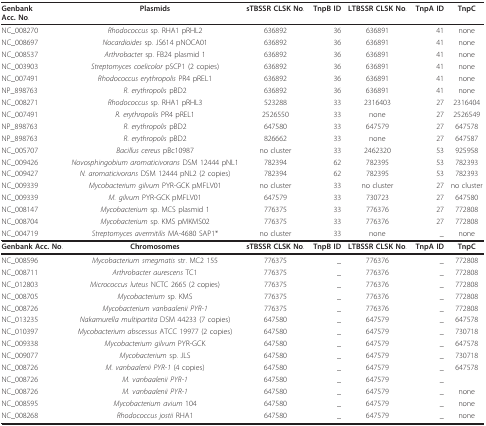
<table><thead><tr><td><b>GenbankAcc. No.</b></td><td><b>Plasmids</b></td><td><b>sTBSSR CLSK No.</b></td><td><b>TnpB ID</b></td><td><b>LTBSSR CLSK No.</b></td><td><b>TnpA ID</b></td><td><b>TnpC</b></td></tr></thead><tbody><tr><td>NC_008270</td><td><i>Rhodococcus </i>sp. RHA1 pRHL2</td><td>636892</td><td>36</td><td>636891</td><td>41</td><td>none</td></tr><tr><td>NC_008697</td><td><i>Nocardioides </i>sp. JS614 pNOCA01</td><td>636892</td><td>36</td><td>636891</td><td>41</td><td>none</td></tr><tr><td>NC_008537</td><td><i>Arthrobacte</i>r sp. FB24 plasmid 1</td><td>636892</td><td>36</td><td>636891</td><td>41</td><td>none</td></tr><tr><td>NC_003903</td><td><i>Streptomyces coelicolor </i>pSCP1 (2 copies)</td><td>636892</td><td>36</td><td>636891</td><td>41</td><td>none</td></tr><tr><td>NC_007491</td><td><i>Rhodococcus erythropolis </i>PR4 pREL1</td><td>636892</td><td>36</td><td>636891</td><td>41</td><td>none</td></tr><tr><td>NP_898763</td><td><i>R. erythropolis </i>pBD2</td><td>636892</td><td>36</td><td>636891</td><td>41</td><td>none</td></tr><tr><td>NC_008271</td><td><i>Rhodococcus </i>sp. RHA1 pRHL3</td><td>523288</td><td>33</td><td>2316403</td><td>27</td><td>2316404</td></tr><tr><td>NC_007491</td><td><i>R. erythropolis </i>PR4 pREL1</td><td>2526550</td><td>33</td><td>none</td><td>27</td><td>2526549</td></tr><tr><td>NP_898763</td><td><i>R. erythropolis </i>pBD2</td><td>647580</td><td>33</td><td>647579</td><td>27</td><td>647578</td></tr><tr><td>NP_898763</td><td><i>R. erythropolis </i>pBD2</td><td>826662</td><td>33</td><td>none</td><td>27</td><td>647587</td></tr><tr><td>NC_005707</td><td><i>Bacillus cereus </i>pBc10987</td><td>no cluster</td><td>33</td><td>2462320</td><td>53</td><td>925958</td></tr><tr><td>NC_009426</td><td><i>Novosphingobium aromaticivorans </i>DSM 12444 pNL1</td><td>782394</td><td>62</td><td>782395</td><td>53</td><td>782393</td></tr><tr><td>NC_009427</td><td><i>N. aromaticivorans </i>DSM 12444 pNL2 (2 copies)</td><td>782394</td><td>62</td><td>782395</td><td>53</td><td>782393</td></tr><tr><td>NC_009339</td><td><i>Mycobacterium gilvum </i>PYR-GCK pMFLV01</td><td>no cluster</td><td>33</td><td>no cluster</td><td>27</td><td>no cluster</td></tr><tr><td>NC_009339</td><td><i>M. gilvum </i>PYR-GCK pMFLV01</td><td>647579</td><td>33</td><td>730723</td><td>27</td><td>647580</td></tr><tr><td>NC_008147</td><td><i>Mycobacterium </i>sp. MCS plasmid 1</td><td>776375</td><td>33</td><td>776376</td><td>27</td><td>772808</td></tr><tr><td>NC_008704</td><td><i>Mycobacterium </i>sp. KMS pMKMS02</td><td>776375</td><td>33</td><td>776376</td><td>27</td><td>772808</td></tr><tr><td>NC_004719</td><td><i>Streptomyces avermitilis </i>MA-4680 SAP1*</td><td>no cluster</td><td>33</td><td>none</td><td>_</td><td>none</td></tr><tr><td><b>Genbank Acc. No</b>.</td><td><b>Chromosomes</b></td><td><b>sTBSSR CLSK No</b>.</td><td><b>TnpB ID</b></td><td><b>LTBSSR CLSK No</b>.</td><td><b>TnpA ID</b></td><td><b>TnpC</b></td></tr><tr><td>NC_008596</td><td><i>Mycobacterium smegmatis </i>str. MC2 155</td><td>776375</td><td>_</td><td>776376</td><td>_</td><td>772808</td></tr><tr><td>NC_008711</td><td><i>Arthrobacter aurescens </i>TC1</td><td>776375</td><td>_</td><td>776376</td><td>_</td><td>772808</td></tr><tr><td>NC_012803</td><td><i>Micrococcus luteus </i>NCTC 2665 (2 copies)</td><td>776375</td><td>_</td><td>776376</td><td>_</td><td>772808</td></tr><tr><td>NC_008705</td><td><i>Mycobacterium </i>sp. KMS</td><td>776375</td><td>_</td><td>776376</td><td>_</td><td>772808</td></tr><tr><td>NC_008726</td><td><i>Mycobacterium vanbaalenii PYR-1</i></td><td>776375</td><td>_</td><td>776376</td><td>_</td><td>772808</td></tr><tr><td>NC_013235</td><td><i>Nakamurella multipartita </i>DSM 44233 (7 copies)</td><td>647580</td><td>_</td><td>647579</td><td>_</td><td>647578</td></tr><tr><td>NC_010397</td><td><i>Mycobacterium abscessus </i>ATCC 19977 (2 copies)</td><td>647580</td><td>_</td><td>647579</td><td>_</td><td>730718</td></tr><tr><td>NC_009338</td><td><i>Mycobacterium gilvum </i>PYR-GCK</td><td>647580</td><td>_</td><td>647579</td><td>_</td><td>647578</td></tr><tr><td>NC_009077</td><td><i>Mycobacterium </i>sp. JLS</td><td>647580</td><td>_</td><td>647579</td><td>_</td><td>730718</td></tr><tr><td>NC_008726</td><td><i>M. vanbaalenii PYR-1 </i>(4 copies)</td><td>647580</td><td>_</td><td>647579</td><td>_</td><td>647578</td></tr><tr><td>NC_008726</td><td><i>M. vanbaalenii PYR-1</i></td><td>647580</td><td>_</td><td>647579</td><td>_</td><td></td></tr><tr><td>NC_008726</td><td><i>M. vanbaalenii PYR-1</i></td><td>647580</td><td>_</td><td>647579</td><td>_</td><td>none</td></tr><tr><td>NC_008595</td><td><i>Mycobacterium avium </i>104</td><td>647580</td><td>_</td><td>647579</td><td>_</td><td>none</td></tr><tr><td>NC_008268</td><td><i>Rhodococcus jostii </i>RHA1</td><td>647580</td><td>_</td><td>647579</td><td>_</td><td>none</td></tr></tbody></table>